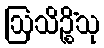
ဩသိဉ္စိံသု